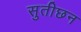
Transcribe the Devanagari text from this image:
सुतीछन